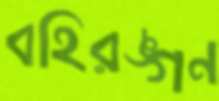
বহিরঙ্গন